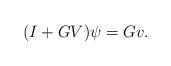
LaTeX: \begin{align*}(I+GV)\psi=Gv.\end{align*}